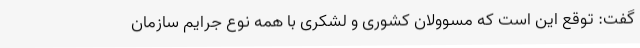
گفت: توقع این است که مسوولان کشوری و لشکری با همه نوع جرایم سازمان